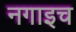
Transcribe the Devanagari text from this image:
नगाइच